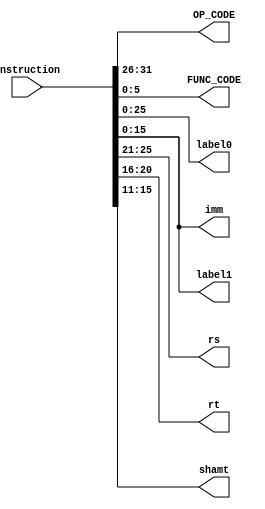
`timescale 1ns / 1ps
////////////////////////////////////////////////////////
// Assignment 6 - CS31001
// Decodes 32 bit instruction into separate fields
// Team Details - 
// Kushaz Sehgal - 20CS30030
// Jay Kumar Thakur - 20CS30024
////////////////////////////////////////////////////////

module Instruction_Decoder (
    input [31:0] instruction,
    output [5:0] OP_CODE,
    output [5:0] FUNC_CODE,
    output [25:0] label0,
    output [15:0] label1,
    output [4:0] rs,
    output [4:0] rt,
    output [4:0] shamt,
    output [15:0] imm
);

    assign OP_CODE = instruction[31:26];     // OP_CODE
    assign FUNC_CODE = instruction[5:0];         // FUNC_CODEtion code
    assign label0 = instruction[25:0];      // Jump address for 26-bit addresses
    assign label1 = instruction[15:0];      // Jump address for 16-bit addresses
    assign rs = instruction[25:21];         // Register rs
    assign rt = instruction[20:16];         // Register rt
    assign shamt = instruction[15:11];      // Shift amount
    assign imm = instruction[15:0];         // Immediate value
    
endmodule